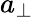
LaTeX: a_{\perp}